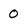
Character: 0